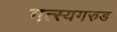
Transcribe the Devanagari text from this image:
मत्स्यगरुड